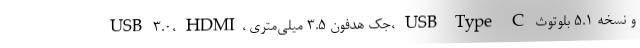
USB 3.0، HDMI، جک هدفون 3.۵ میلی‌متری، USB Type-C و نسخه ۵.1 بلوتوث